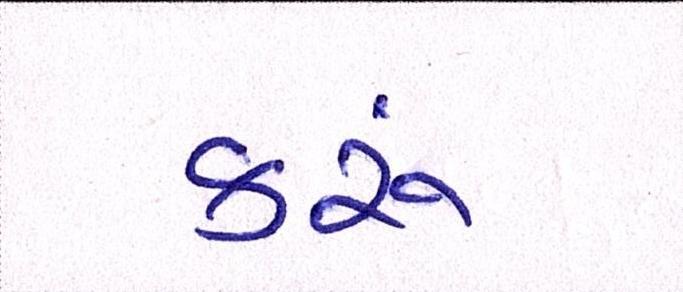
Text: કરૂં